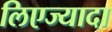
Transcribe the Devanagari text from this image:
लिएज्यादा